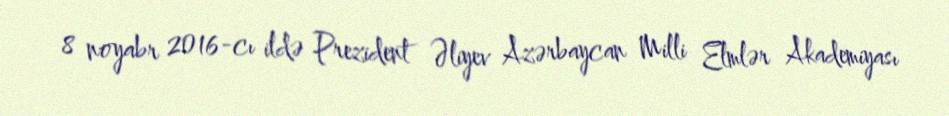
8 noyabr 2016-cı ildə Prezident Əliyev Azərbaycan Milli Elmlər Akademiyası